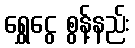
ရွှေငွေ စွန့်နည်း